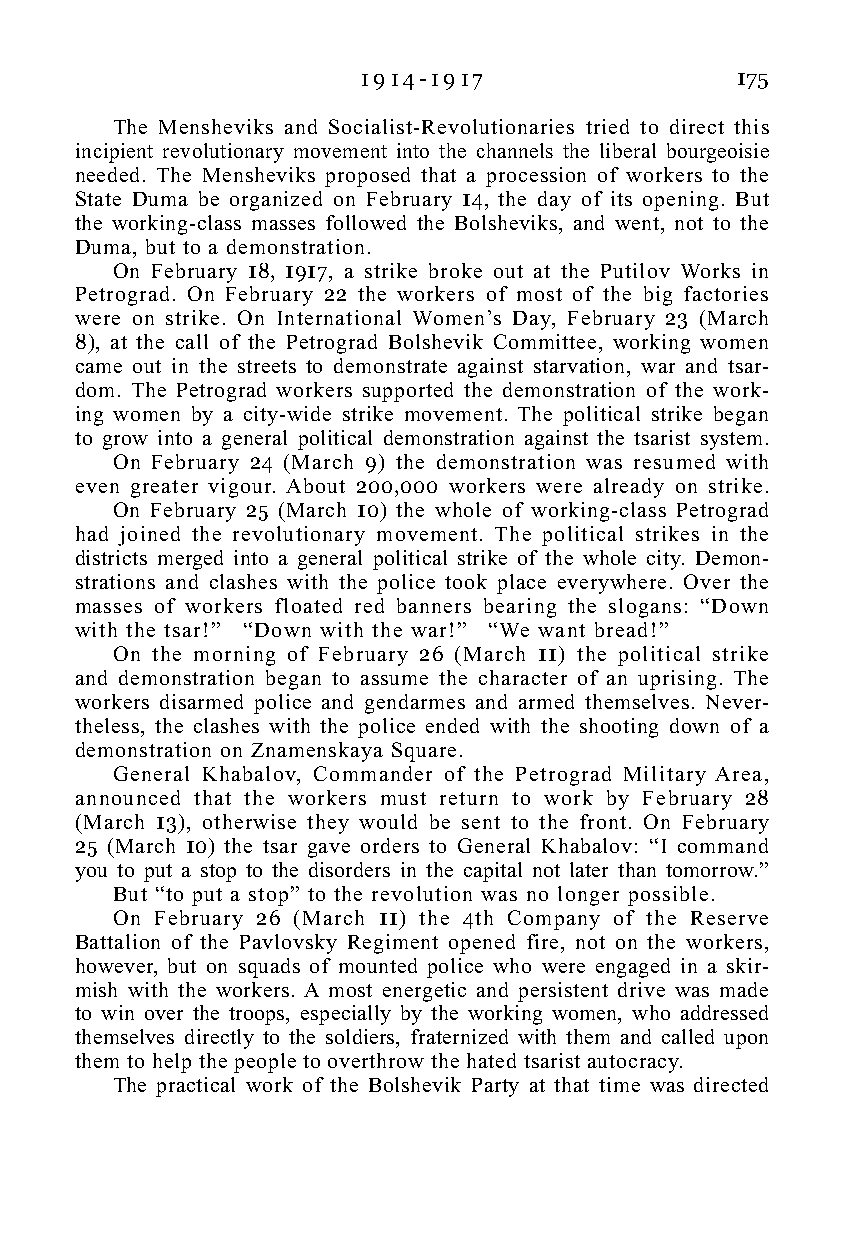
1 9 1 4 - 1 9 1 7        175
 The Mensheviks and Socialist-Revolutionaries tried to direct this
 incipient revolutionary movement into the channels the liberal bourgeoisie
 needed. The Mensheviks proposed that a procession of workers to the
 State Duma be organized on February 14, the day of its opening. But
 the working-class masses followed the Bolsheviks, and went, not to the
 Duma, but to a demonstration.
 On February 18, 1917, a strike broke out at the Putilov Works in
 Petrograd. On February 22 the workers of most of the big factories
 were on strike. On International Women’s Day, February 23 (March
 8), at the call of the Petrograd Bolshevik Committee, working women
 came out in the streets to demonstrate against starvation, war and tsar-
 dom. The Petrograd workers supported the demonstration of the work-
 ing women by a city-wide strike movement. The political strike began
 to grow into a general political demonstration against the tsarist system.
 On February 24 (March 9) the demonstration was resumed with
 even greater vigour. About 200,000 workers were already on strike.
 On February 25 (March 10) the whole of working-class Petrograd
 had joined the revolutionary movement. The political strikes in the
 districts merged into a general political strike of the whole city. Demon-
 strations and clashes with the police took place everywhere. Over the
 masses of workers floated red banners bearing the slogans: “Down
 with the tsar!” “Down with the war!” “We want bread!”
 On the morning of February 26 (March 11) the political strike
 and demonstration began to assume the character of an uprising. The
 workers disarmed police and gendarmes and armed themselves. Never-
 theless, the clashes with the police ended with the shooting down of a
 demonstration on Znamenskaya Square.
 General Khabalov, Commander of the Petrograd Military Area,
 announced that the workers must return to work by February 28
 (March 13), otherwise they would be sent to the front. On February
 25 (March 10) the tsar gave orders to General Khabalov: “I command
 you to put a stop to the disorders in the capital not later than tomorrow.”
 But “to put a stop” to the revolution was no longer possible.
 On February 26 (March 11) the 4th Company of the Reserve
 Battalion of the Pavlovsky Regiment opened fire, not on the workers,
 however, but on squads of mounted police who were engaged in a skir-
 mish with the workers. A most energetic and persistent drive was made
 to win over the troops, especially by the working women, who addressed
 themselves directly to the soldiers, fraternized with them and called upon
 them to help the people to overthrow the hated tsarist autocracy.
 The practical work of the Bolshevik Party at that time was directed